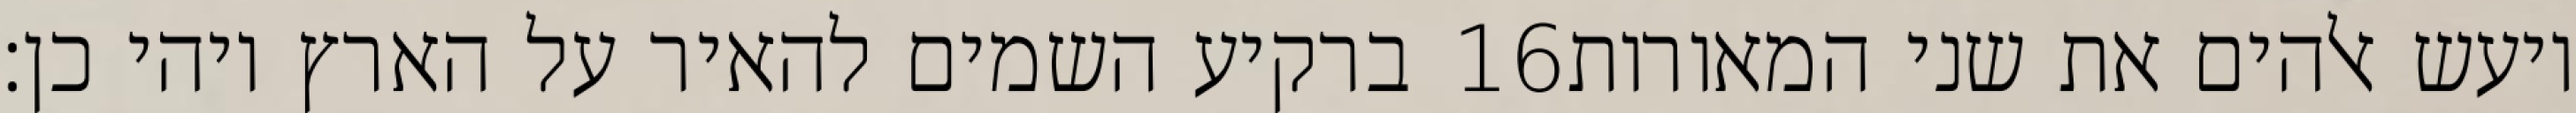
ברקיע השמים להאיר על הארץ ויהי כן׃ ‎16‏ ויעש אלהים את שני המאורות